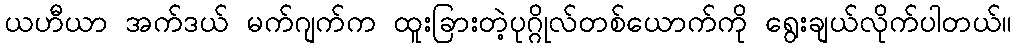
ယဟီယာ အက်ဒယ် မက်ဂျက်က ထူးခြားတဲ့ပုဂ္ဂိုလ်တစ်ယောက်ကို ရွေးချယ်လိုက်ပါတယ်။